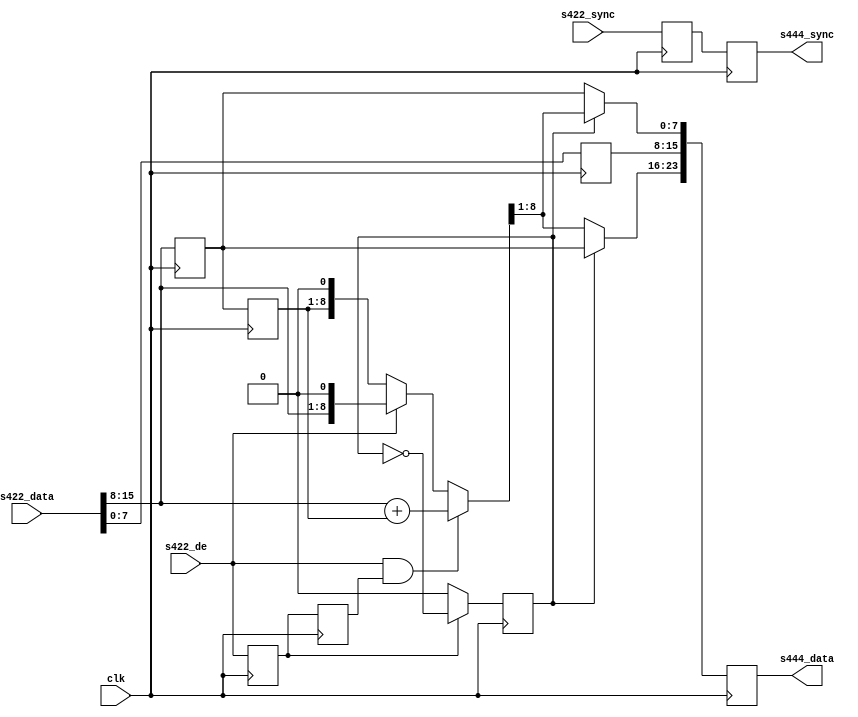
// ***************************************************************************
// ***************************************************************************
// Copyright 2011(c) Analog Devices, Inc.
//
// All rights reserved.
//
// Redistribution and use in source and binary forms, with or without modification,
// are permitted provided that the following conditions are met:
//     - Redistributions of source code must retain the above copyright
//       notice, this list of conditions and the following disclaimer.
//     - Redistributions in binary form must reproduce the above copyright
//       notice, this list of conditions and the following disclaimer in
//       the documentation and/or other materials provided with the
//       distribution.
//     - Neither the name of Analog Devices, Inc. nor the names of its
//       contributors may be used to endorse or promote products derived
//       from this software without specific prior written permission.
//     - The use of this software may or may not infringe the patent rights
//       of one or more patent holders.  This license does not release you
//       from the requirement that you obtain separate licenses from these
//       patent holders to use this software.
//     - Use of the software either in source or binary form, must be run
//       on or directly connected to an Analog Devices Inc. component.
//
// THIS SOFTWARE IS PROVIDED BY ANALOG DEVICES "AS IS" AND ANY EXPRESS OR IMPLIED WARRANTIES,
// INCLUDING, BUT NOT LIMITED TO, NON-INFRINGEMENT, MERCHANTABILITY AND FITNESS FOR A
// PARTICULAR PURPOSE ARE DISCLAIMED.
//
// IN NO EVENT SHALL ANALOG DEVICES BE LIABLE FOR ANY DIRECT, INDIRECT, INCIDENTAL, SPECIAL,
// EXEMPLARY, OR CONSEQUENTIAL DAMAGES (INCLUDING, BUT NOT LIMITED TO, INTELLECTUAL PROPERTY
// RIGHTS, PROCUREMENT OF SUBSTITUTE GOODS OR SERVICES; LOSS OF USE, DATA, OR PROFITS; OR
// BUSINESS INTERRUPTION) HOWEVER CAUSED AND ON ANY THEORY OF LIABILITY, WHETHER IN CONTRACT,
// STRICT LIABILITY, OR TORT (INCLUDING NEGLIGENCE OR OTHERWISE) ARISING IN ANY WAY OUT OF
// THE USE OF THIS SOFTWARE, EVEN IF ADVISED OF THE POSSIBILITY OF SUCH DAMAGE.
// ***************************************************************************
// ***************************************************************************
// ***************************************************************************
// ***************************************************************************
// Input must be RGB or CrYCb in that order, output is CrY/CbY

module ad_ss_422to444 (

  // 422 inputs

  clk,
  s422_de,
  s422_sync,
  s422_data,

  // 444 outputs

  s444_sync,
  s444_data);

  // parameters

  parameter   CR_CB_N = 0;
  parameter   DELAY_DATA_WIDTH = 16;
  localparam  DW = DELAY_DATA_WIDTH - 1;

  // 422 inputs

  input           clk;
  input           s422_de;
  input   [DW:0]  s422_sync;
  input   [15:0]  s422_data;

  // 444 inputs

  output  [DW:0]  s444_sync;
  output  [23:0]  s444_data;

  // internal registers

  reg             cr_cb_sel = 'd0;
  reg             s422_de_d = 'd0;
  reg     [DW:0]  s422_sync_d = 'd0;
  reg             s422_de_2d = 'd0;
  reg      [7:0]  s422_Y_d;
  reg      [7:0]  s422_CbCr_d;
  reg      [7:0]  s422_CbCr_2d;
  reg     [DW:0]  s444_sync = 'd0;
  reg     [23:0]  s444_data = 'd0;
  reg     [ 8:0]  s422_CbCr_avg;

  // internal wires

  wire    [ 7:0]  s422_Y;
  wire    [ 7:0]  s422_CbCr;

  // Input format is
  // [15:8] Cb/Cr
  // [ 7:0] Y
  //
  // Output format is
  // [23:15] Cr
  // [16: 8] Y
  // [ 7: 0] Cb

  assign s422_Y = s422_data[7:0];
  assign s422_CbCr = s422_data[15:8];


  // first data on de assertion is cb (0x0), then cr (0x1).
  // previous data is held when not current

  always @(posedge clk) begin
    if (s422_de_d == 1'b1) begin
      cr_cb_sel <= ~cr_cb_sel;
    end else begin
      cr_cb_sel <= CR_CB_N;
    end
  end

  // pipe line stages

  always @(posedge clk) begin
    s422_de_d <= s422_de;
    s422_sync_d <= s422_sync;
    s422_de_2d <= s422_de_d;
    s422_Y_d <= s422_Y;

    s422_CbCr_d <= s422_CbCr;
    s422_CbCr_2d <= s422_CbCr_d;
  end

  // If both the left and the right sample are valid do the average, otherwise
  // use the only valid.
  always @(s422_de_2d, s422_de, s422_CbCr, s422_CbCr_2d)
  begin
    if (s422_de == 1'b1 && s422_de_2d)
      s422_CbCr_avg <= s422_CbCr + s422_CbCr_2d;
    else if (s422_de == 1'b1)
      s422_CbCr_avg <= {s422_CbCr, 1'b0};
    else
      s422_CbCr_avg <= {s422_CbCr_2d, 1'b0};
  end

  // 444 outputs

  always @(posedge clk) begin
    s444_sync <= s422_sync_d;
    s444_data[15:8] <= s422_Y_d;
    if (cr_cb_sel) begin
      s444_data[23:16] <= s422_CbCr_d;
      s444_data[ 7: 0] <= s422_CbCr_avg[8:1];
    end else begin
      s444_data[23:16] <= s422_CbCr_avg[8:1];
      s444_data[ 7: 0] <= s422_CbCr_d;
    end
  end

endmodule

// ***************************************************************************
// ***************************************************************************